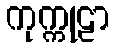
ကုက္ကုဠာ